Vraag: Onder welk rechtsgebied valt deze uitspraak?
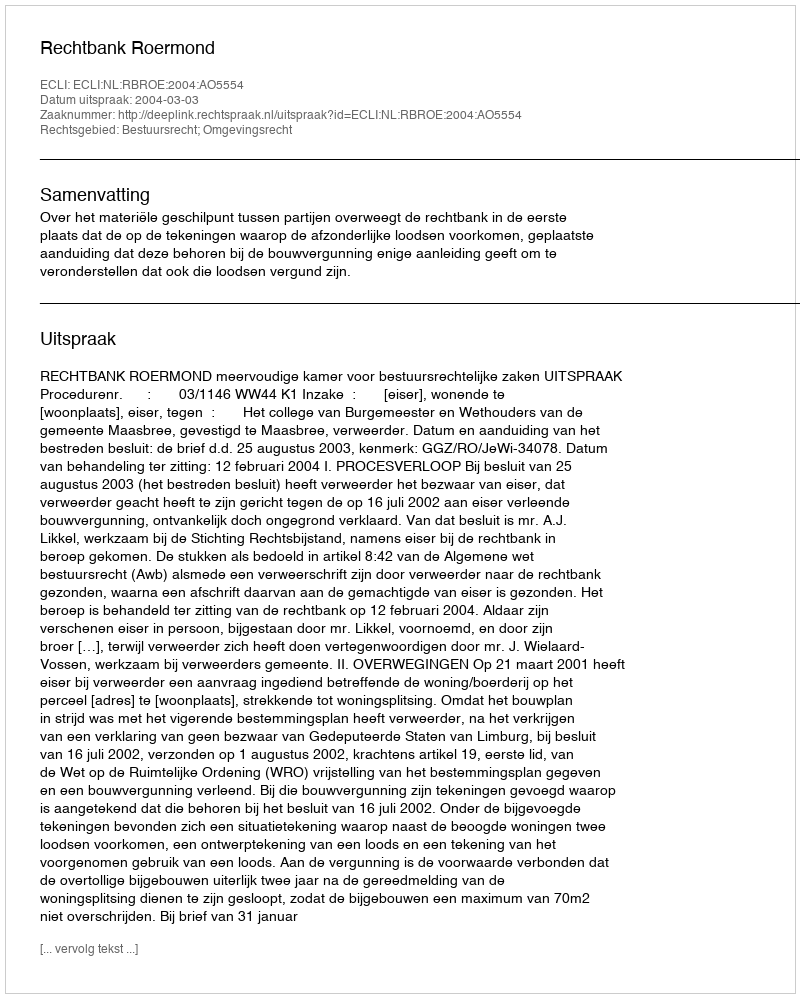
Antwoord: Bestuursrecht; Omgevingsrecht